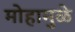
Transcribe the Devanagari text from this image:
मोहामुळे